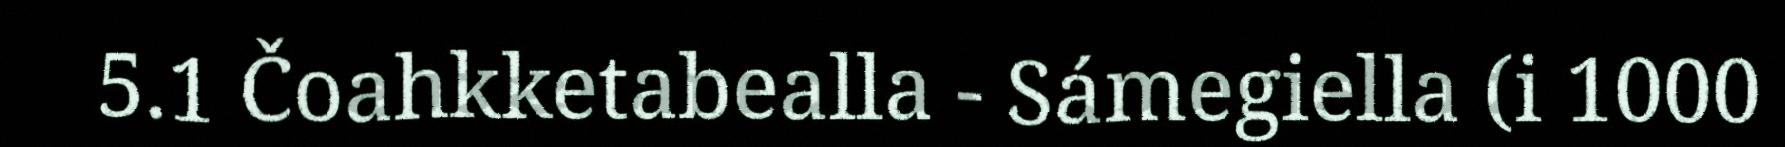
5.1 Čoahkketabealla - Sámegiella (i 1000